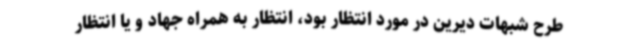
طرح شبهات دیرین در مورد انتظار بود، انتظار به همراه جهاد و یا انتظار